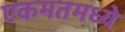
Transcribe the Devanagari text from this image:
एकमतमध्ये